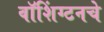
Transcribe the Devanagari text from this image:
वॉशिंग्टनचे